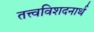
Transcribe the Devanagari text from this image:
तत्त्वविशदनार्थ